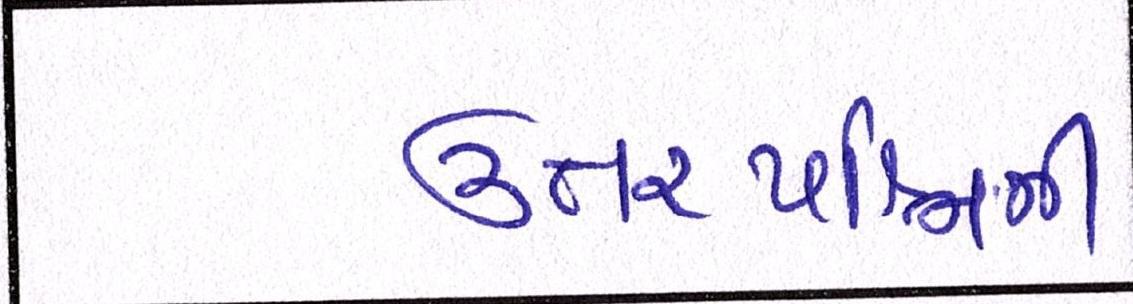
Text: ઉત્તરપશ્ચિમી